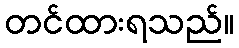
တင်ထားရသည်။